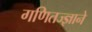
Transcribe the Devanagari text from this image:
गणितज्ज्ञाने